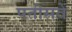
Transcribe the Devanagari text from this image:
पतीसवें